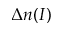
\Delta n ( I )